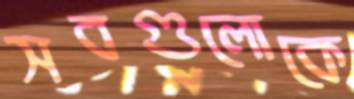
সবগুলোকে